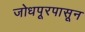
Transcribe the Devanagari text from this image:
जोधपूरपासून